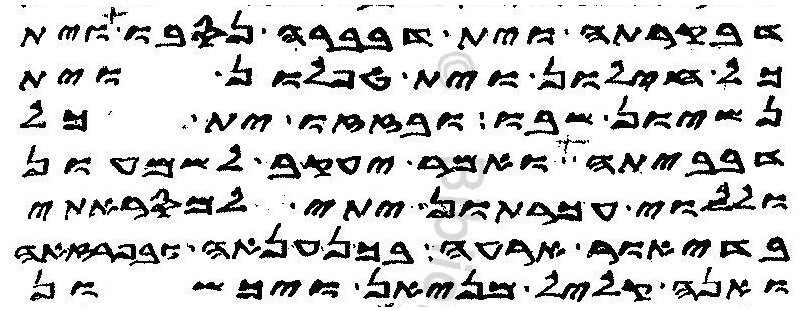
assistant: דבקרתה וית דבברה נסבו וית
כל חילון וית טפלון וית
נשיון שבו ובזזו ית כל
דבביתה ואמר יעקב לשמעון
וללוי עכרתון יתי למסראתי
בדיאור ארעה בכנענאה ובפרזאה
ואנה קליל מניאן ויכשון